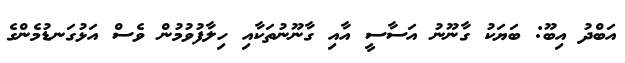
އަބްދު އިބޫ: ބަޔަކު ގާނޫނު އަސާސީ އާއި ގާނޫނުތަކާއި ހިލާފުވުމުން ވެސް އަޅުގަނޑުމެންގެ